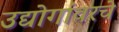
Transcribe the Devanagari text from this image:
उद्योगांवरचे